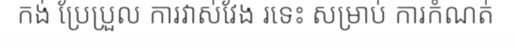
កង់ ប្រែប្រួល ការវាស់វែង រទេះ សម្រាប់ ការកំណត់